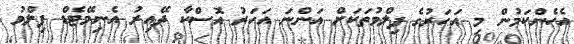
އެހެންކަމުން މި އަހަރުގެ ފިލްމުތަކަށް އަންނަ އަހަރު އޮސްކާ ދޭއިރު އެނިމޭޓެޑް ފިލްމު